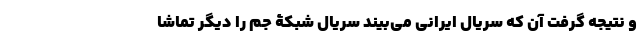
و نتیجه گرفت آن که سریال ایرانی می‌بیند سریال شبکۀ جم را دیگر تماشا